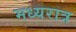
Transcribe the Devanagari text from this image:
मध्यरात्र